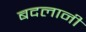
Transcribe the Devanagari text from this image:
बदलानी